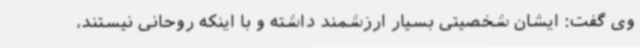
وی گفت: ایشان شخصیتی بسیار ارزشمند داشته و با اینکه روحانی ‌نیستند،